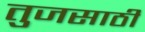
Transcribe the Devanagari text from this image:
तुजसाठी